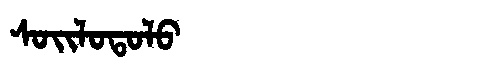
Manchu: ᠰᠣᡳᠯᠣᡨᠣᠯᠣ
Romanization: SOILOTOLO